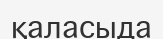
қаласыда